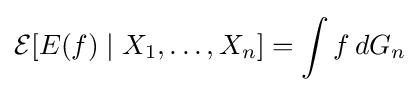
{\mathcal {E}}[E(f)\mid X_{1},\dots ,X_{n}]=\int f\,dG_{n}